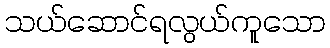
သယ်ဆောင်ရလွယ်ကူသော